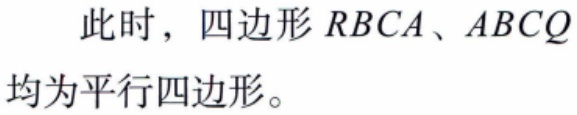
此时，四边形\(RBCA\)、\(ABCQ\)均为平行四边形。